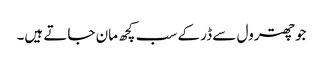
جو چھترول سے ڈر کے سب کچھ مان جاتے ہیں۔